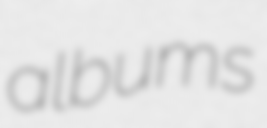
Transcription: albums